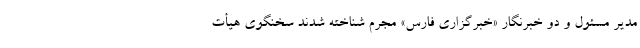
مدیر مسئول و دو خبرنگار «خبرگزاری فارس» مجرم شناخته شدند سخنگوی هیأت